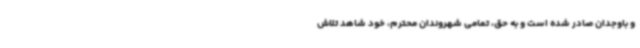
و باوجدان صادر شده است و به حق، تمامی شهروندان محترم، خود شاهد تلاش